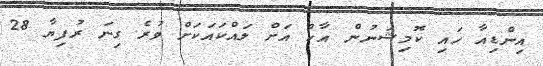
އިންޑިއާ ހައި ކޮމިިޝަނުން އާކް އަށް ލައްކައަކަށް ވުރެ ގިނަ ރުފިޔާ 28